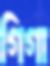
গিগা